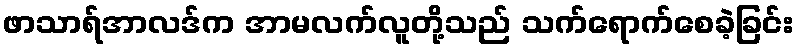
ဖာသာရ်အာလဒ်က အာမလက်လူတို့သည် သက်ရောက်စေခဲ့ခြင်း